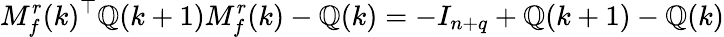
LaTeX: M_{f}^{r}(k)^{\top}\mathbb{Q}(k+1)M_{f}^{r}(k)-\mathbb{Q}(k)=-I_{n+q}+\mathbb{Q}(k+1)-\mathbb{Q}(k)